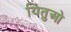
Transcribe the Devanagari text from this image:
यितुओ